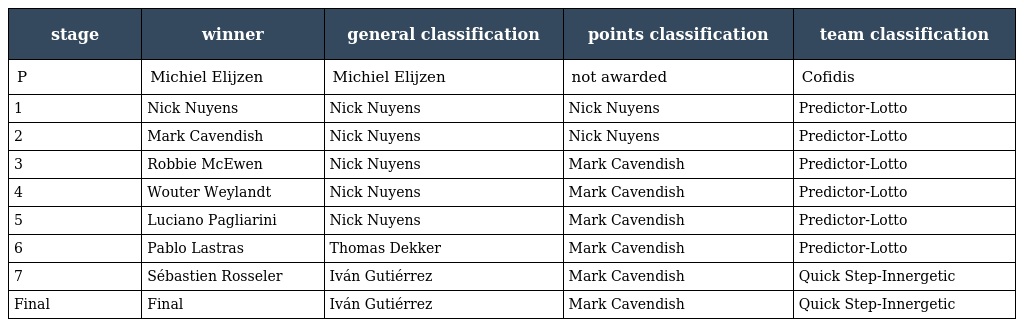
| stage | winner | general classification | points classification | team classification |
 | --- | --- | --- | --- | --- |
 | P | Michiel Elijzen | Michiel Elijzen | not awarded | Cofidis |
 | 1 | Nick Nuyens | Nick Nuyens | Nick Nuyens | Predictor-Lotto |
 | 2 | Mark Cavendish | Nick Nuyens | Nick Nuyens | Predictor-Lotto |
 | 3 | Robbie McEwen | Nick Nuyens | Mark Cavendish | Predictor-Lotto |
 | 4 | Wouter Weylandt | Nick Nuyens | Mark Cavendish | Predictor-Lotto |
 | 5 | Luciano Pagliarini | Nick Nuyens | Mark Cavendish | Predictor-Lotto |
 | 6 | Pablo Lastras | Thomas Dekker | Mark Cavendish | Predictor-Lotto |
 | 7 | Sébastien Rosseler | Iván Gutiérrez | Mark Cavendish | Quick Step-Innergetic |
 | Final | Final | Iván Gutiérrez | Mark Cavendish | Quick Step-Innergetic |